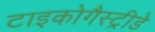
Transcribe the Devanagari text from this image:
टाइकोगैस्ट्रीडे